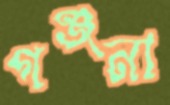
গঞ্জনা